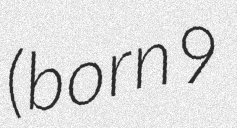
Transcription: (born 9